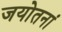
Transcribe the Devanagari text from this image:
जयोतनां